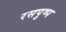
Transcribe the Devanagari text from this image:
रसपुष्प